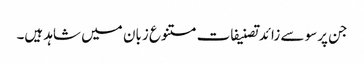
جن پرسو سے زائدتصنیفات متنوع زبان میں شاہد ہیں۔